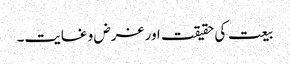
بیعت کی حقیقت اور غرض و غایت۔